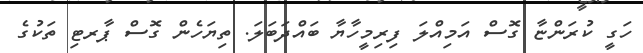
ހަގީ ކުރަންޏާ ގޮސް އަމިއްލަ ފިރިމީހާޔާ ބައްދަބަލަ. ތިޔަހެން ގޮސް ޕާރޓި ތަކުގެ